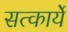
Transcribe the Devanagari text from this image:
सत्कार्ये